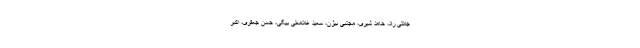
جلالی راد، حامد شیری، مجتبی بیژن، سعید غلامعلی بیگی، حسن جعفری، اکبر